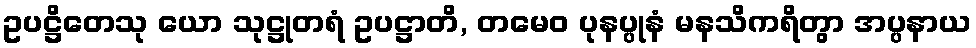
ဥပဋ္ဌိတေသု ယော သုဋ္ဌုတရံ ဥပဋ္ဌာတိ, တမေဝ ပုနပ္ပုနံ မနသိကရိတွာ အပ္ပနာယ